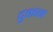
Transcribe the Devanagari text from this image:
दुकान